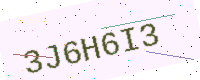
Text: 3J6H6I3